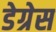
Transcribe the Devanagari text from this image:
डेग्रेस